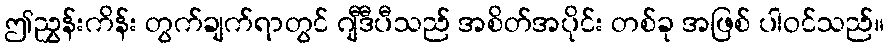
ဤညွှန်းကိန်း တွက်ချက်ရာတွင် ဂျီဒီပီသည် အစိတ်အပိုင်း တစ်ခု အဖြစ် ပါဝင်သည်။